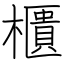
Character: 櫃